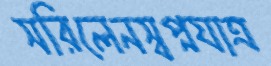
সরিলেনস্বপ্নযাত্র